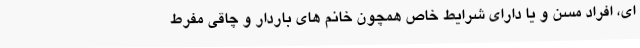
ای، افراد مسن و یا دارای شرایط خاص همچون خانم های باردار و چاقی مفرط